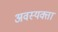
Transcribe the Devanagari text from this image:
अवस्यक्ता